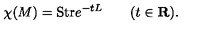
\chi ( M ) = \mathrm { S t r } e ^ { - t L } \qquad ( t \in { \bf R } ) .